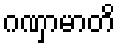
ဂဏှာမာတိ